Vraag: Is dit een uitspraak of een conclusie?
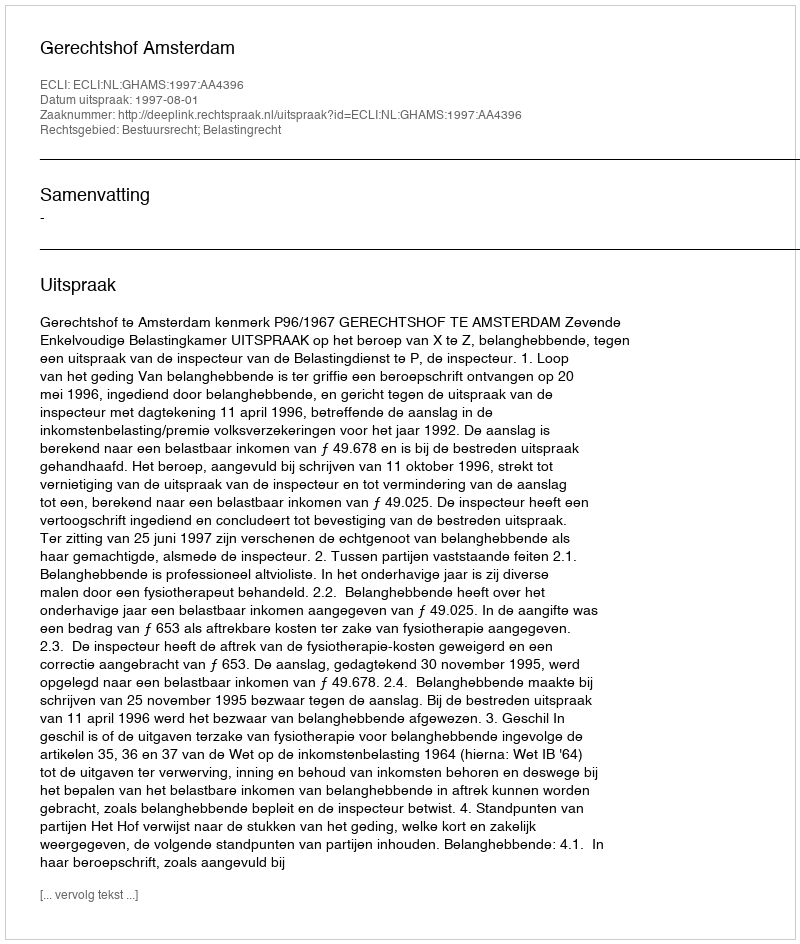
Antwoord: Uitspraak